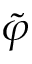
\Tilde { \varphi }